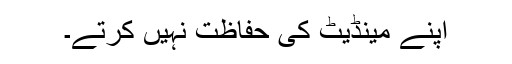
اپنے مینڈیٹ کی حفاظت نہیں کرتے۔